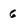
Character: 6